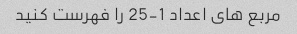
مربع های اعداد 1-25 را فهرست کنید